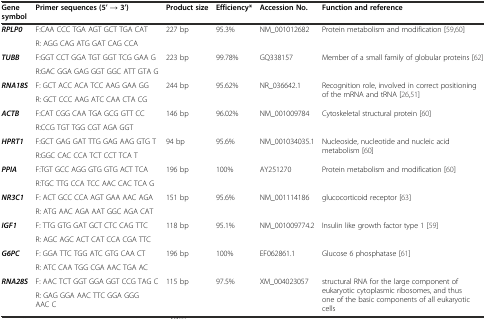
<table><thead><tr><td><b>Gene symbol</b></td><td><b>Primer sequences (5’ → 3’)</b></td><td><b>Product size</b></td><td><b>Efficiency*</b></td><td><b>Accession No.</b></td><td><b>Function and reference</b></td></tr></thead><tbody><tr><td rowspan="2"><b><i>RPLP0</i></b></td><td>F:CAA CCC TGA AGT GCT TGA CAT</td><td rowspan="2">227 bp</td><td rowspan="2">95.3%</td><td rowspan="2">NM_001012682</td><td rowspan="2">Protein metabolism and modification [59,60]</td></tr><tr><td>R: AGG CAG ATG GAT CAG CCA</td></tr><tr><td rowspan="2"><b><i>TUBB</i></b></td><td>F:GGT CCT GGA TGT GGT TCG GAA G</td><td rowspan="2">223 bp</td><td rowspan="2">99.78%</td><td rowspan="2">GQ338157</td><td rowspan="2">Member of a small family of globular proteins [62]</td></tr><tr><td>R:GAC GGA GAG GGT GGC ATT GTA G</td></tr><tr><td rowspan="2"><b><i>RNA18S</i></b></td><td>F: GCT ACC ACA TCC AAG GAA GG</td><td rowspan="2">244 bp</td><td rowspan="2">95.62%</td><td rowspan="2">NR_036642.1</td><td rowspan="2">Recognition role, involved in correct positioning of the mRNA and tRNA [26,51]</td></tr><tr><td>R: GCT CCC AAG ATC CAA CTA CG</td></tr><tr><td rowspan="2"><b><i>ACTB</i></b></td><td>F:CAT CGG CAA TGA GCG GTT CC</td><td rowspan="2">146 bp</td><td rowspan="2">96.02%</td><td rowspan="2">NM_001009784</td><td rowspan="2">Cytoskeletal structural protein [60]</td></tr><tr><td>R:CCG TGT TGG CGT AGA GGT</td></tr><tr><td rowspan="2"><b><i>HPRT1</i></b></td><td>F:GCT GAG GAT TTG GAG AAG GTG T</td><td rowspan="2">94 bp</td><td rowspan="2">95.6%</td><td rowspan="2">NM_001034035.1</td><td rowspan="2">Nucleoside, nucleotide and nucleic acid metabolism [60]</td></tr><tr><td>R:GGC CAC CCA TCT CCT TCA T</td></tr><tr><td rowspan="2"><b><i>PPIA</i></b></td><td>F:TGT GCC AGG GTG GTG ACT TCA</td><td rowspan="2">196 bp</td><td rowspan="2">100%</td><td rowspan="2">AY251270</td><td rowspan="2">Protein metabolism and modification [60]</td></tr><tr><td>R:TGC TTG CCA TCC AAC CAC TCA G</td></tr><tr><td rowspan="2"><b><i>NR3C1</i></b></td><td>F: ACT GCC CCA AGT GAA AAC AGA</td><td rowspan="2">151 bp</td><td rowspan="2">95.6%</td><td rowspan="2">NM_001114186</td><td rowspan="2">glucocorticoid receptor [63]</td></tr><tr><td>R: ATG AAC AGA AAT GGC AGA CAT</td></tr><tr><td rowspan="2"><b><i>IGF1</i></b></td><td>F: TTG GTG GAT GCT CTC CAG TTC</td><td rowspan="2">118 bp</td><td rowspan="2">95.1%</td><td rowspan="2">NM_001009774.2</td><td rowspan="2">Insulin like growth factor type 1 [59]</td></tr><tr><td>R: AGC AGC ACT CAT CCA CGA TTC</td></tr><tr><td rowspan="2"><b><i>G6PC</i></b></td><td>F: GGA TTC TGG ATC GTG CAA CT</td><td rowspan="2">196 bp</td><td rowspan="2">100%</td><td rowspan="2">EF062861.1</td><td rowspan="2">Glucose 6 phosphatase [61]</td></tr><tr><td>R: ATC CAA TGG CGA AAC TGA AC</td></tr><tr><td rowspan="2"><b><i>RNA28S</i></b></td><td>F: AAC TCT GGT GGA GGT CCG TAG C</td><td rowspan="2">115 bp</td><td rowspan="2">97.5%</td><td rowspan="2">XM_004023057</td><td rowspan="2">structural RNA for the large component of eukaryotic cytoplasmic ribosomes, and thus one of the basic components of all eukaryotic cells</td></tr><tr><td>R: GAG GGA AAC TTC GGA GGG AAC C</td></tr></tbody></table>